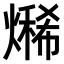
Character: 𤏨